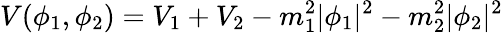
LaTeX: V(\phi_{1},\phi_{2})=V_{1}+V_{2}-m_{1}^{2}|\phi_{1}|^{2}-m_{2}^{2}|\phi_{2}|^{2}